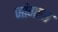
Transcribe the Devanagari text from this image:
जांगला